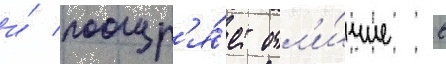
и́ поощр'я́ет отл'и́чие в